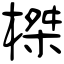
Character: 榤